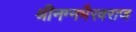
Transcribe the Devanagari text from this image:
श्रीनग्नभैरवराज